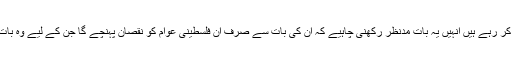
جو لوگ یہ الزام عائد کر رہے ہیں انہیں یہ بات مدنظر رکھنی چاہیے کہ ان کی بات سے صرف ان فلسطینی عوام کو نقصان پہنچے گا جن کے لیے وہ بات کا دعویٰ کرتے ہیں۔